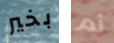
بخير ثم